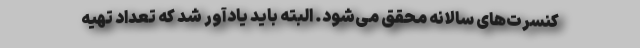
کنسرت‌های سالانه محقق می‌شود. البته باید یادآور شد که تعداد تهیه‌